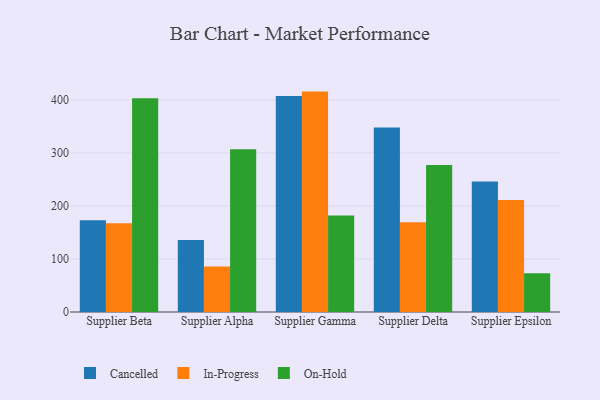
{"axis": {"x": "Supplier", "y": "Operating Costs (USD K)"}, "legend": ["Cancelled", "In-Progress", "On-Hold"], "data": [{"x": "Supplier Beta", "y": 173.1, "type": "Cancelled"}, {"x": "Supplier Beta", "y": 167.6, "type": "In-Progress"}, {"x": "Supplier Beta", "y": 403.2, "type": "On-Hold"}, {"x": "Supplier Alpha", "y": 135.8, "type": "Cancelled"}, {"x": "Supplier Alpha", "y": 85.8, "type": "In-Progress"}, {"x": "Supplier Alpha", "y": 307.1, "type": "On-Hold"}, {"x": "Supplier Gamma", "y": 407.7, "type": "Cancelled"}, {"x": "Supplier Gamma", "y": 415.8, "type": "In-Progress"}, {"x": "Supplier Gamma", "y": 182.2, "type": "On-Hold"}, {"x": "Supplier Delta", "y": 348.0, "type": "Cancelled"}, {"x": "Supplier Delta", "y": 169.1, "type": "In-Progress"}, {"x": "Supplier Delta", "y": 277.5, "type": "On-Hold"}, {"x": "Supplier Epsilon", "y": 246.2, "type": "Cancelled"}, {"x": "Supplier Epsilon", "y": 211.2, "type": "In-Progress"}, {"x": "Supplier Epsilon", "y": 73.3, "type": "On-Hold"}]}